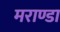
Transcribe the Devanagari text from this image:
मराण्डा